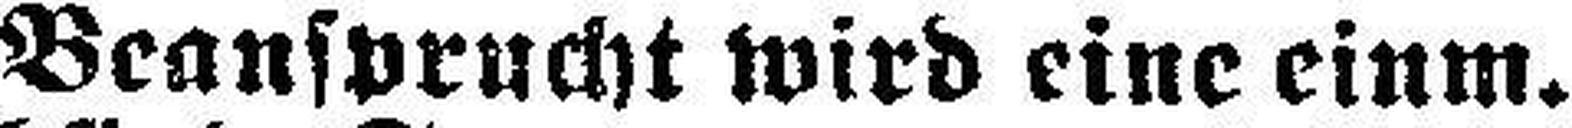
Beansprucht wird eine einm.